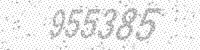
Solution: 955385